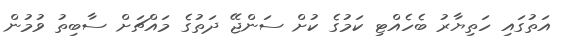
އަތުގައި ހަތިޔާރު ބެހެއްޓި ކަމުގެ ކުށް ސަންޖޭ ދަތުގެ މައްޗަށް ސާބިތު ވުމުން